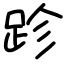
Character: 跈